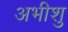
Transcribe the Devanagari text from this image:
अभीशु